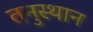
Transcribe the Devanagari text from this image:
तनुस्थान